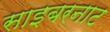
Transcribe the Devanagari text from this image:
साइबरनाट